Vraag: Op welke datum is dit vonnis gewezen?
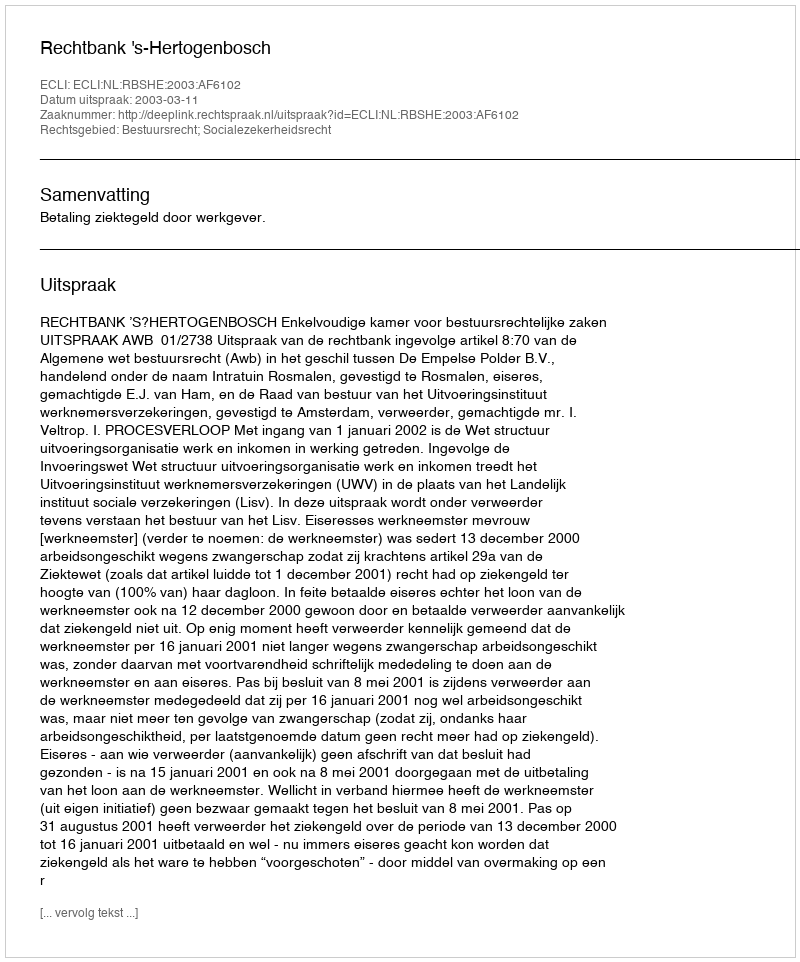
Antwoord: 2003-03-11